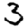
Digit: 3